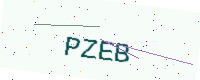
Text: PZEB